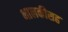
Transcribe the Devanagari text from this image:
भालकीसह